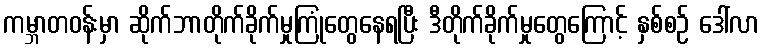
ကမ္ဘာတဝန်းမှာ ဆိုက်ဘာတိုက်ခိုက်မှုကြုံတွေနေရပြီး ဒီတိုက်ခိုက်မှုတွေကြောင့် နှစ်စဉ် ဒေါ်လာ